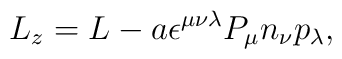
L_z=L-a\epsilon^{\mu\nu\lambda}P_\mu n_\nu p_\lambda,